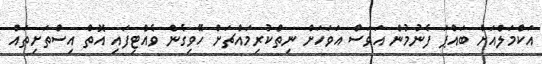
އަކްމަލްއަށް ބައްޕަ ފެނުމުން އަވަސް އަވަހަށް ނިތްކުރިމައްޗަށް ހޭވިގެން ވެއްޓިފައި އޮތް އިސްތަށިތައް